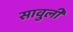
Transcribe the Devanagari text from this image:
सावुली